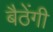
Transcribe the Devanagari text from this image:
बैठेंगी